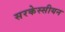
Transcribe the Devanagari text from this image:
सरकेस्सीयन